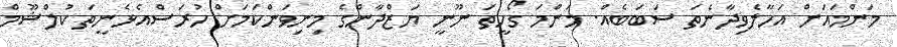
މަންމައަށް އަހާލެވިދާނެތަ ސަބަބެއް. މަންމަ ގޯހީތަ ނޫނީ ޔަޒްދާންގެ މިނިވަންކަމަށް ހުރަސްއެޅެނީތަ ކުލްޝޫމް